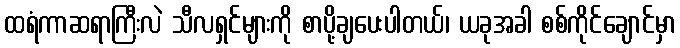
ထရံကာဆရာကြီးလဲ သီလရှင်များကို စာပို့ချပေးပါတယ်၊ ယခုအခါ စစ်ကိုင်ချောင်မှာ